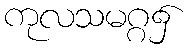
ကုလသမဂ္ဂ၌